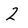
Character: 2